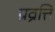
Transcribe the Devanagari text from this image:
प्रव्रत्ति